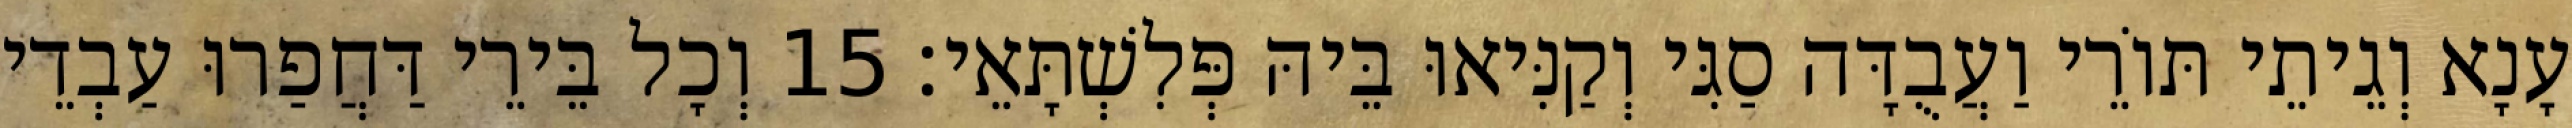
עָנָא וְגֵיתֵי תּוֹרֵי וַעֲבֻדָּה סַגִּי וְקַנִּיאוּ בֵּיהּ פְּלִשְׁתָּאֵי׃ 15 וְכָל בֵּירֵי דַּחֲפַרוּ עַבְדֵי